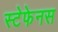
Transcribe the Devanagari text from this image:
स्टेफेनस